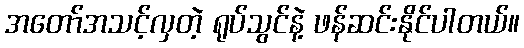
အတော်အသင့်လှတဲ့ ရုပ်သွင်နဲ့ ဖန်ဆင်းနိုင်ပါတယ်။